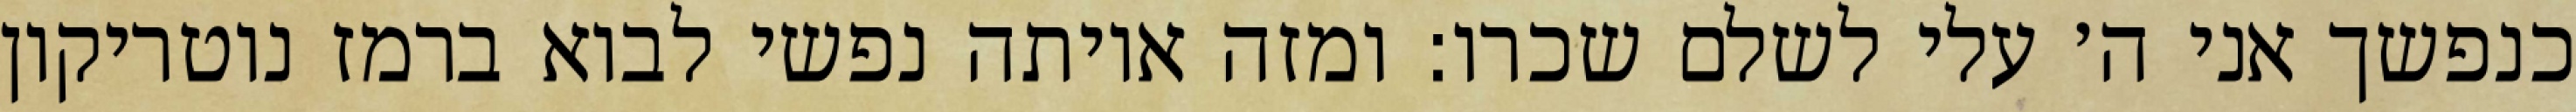
כנפשך אני ה׳ עלי לשלם שכרו: ומזה איותה נפשי לבוא ברמז נוטריקון